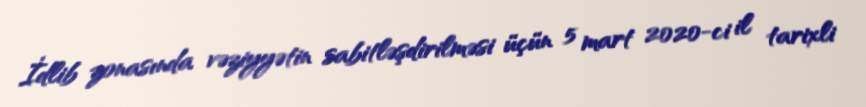
İdlib zonasında vəziyyətin sabitləşdirilməsi üçün 5 mart 2020-ci il tarixli